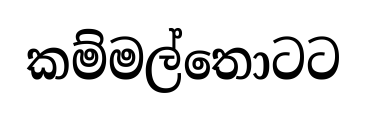
කම්මල්තොටට